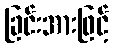
ခြင်းအားဖြင့်